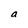
Character: a